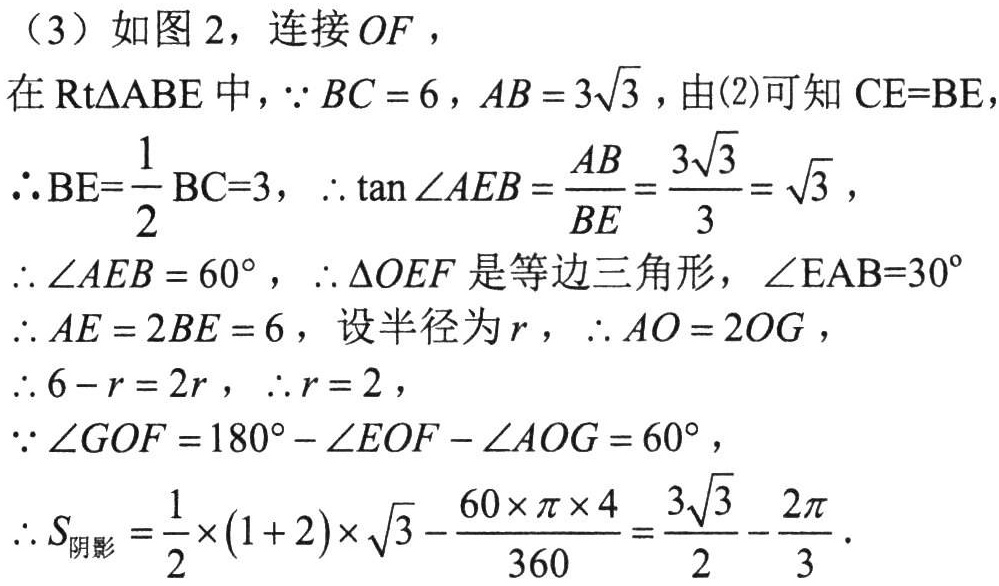
（3）如图 2，连接 \(OF\)，
在\(\text{Rt}\triangle ABE\)中，\(\because BC = 6\)，\(AB = 3\sqrt{3}\)，由(2)可知 \(CE = BE\)，
\(\therefore BE=\dfrac{1}{2}BC = 3\)，\(\therefore \tan\angle AEB=\dfrac{AB}{BE}=\dfrac{3\sqrt{3}}{3}=\sqrt{3}\)，
\(\therefore \angle AEB = 60^{\circ}\)，\(\therefore \triangle OEF\)是等边三角形，\(\angle EAB = 30^{\circ}\)
\(\therefore AE = 2BE = 6\)，设半径为\(r\)，\(\therefore AO = 2OG\)，
\(\therefore 6 - r = 2r\)，\(\therefore r = 2\)，
\(\because \angle GOF = 180^{\circ}-\angle EOF-\angle AOG = 60^{\circ}\)，
\(\therefore S_{阴影}=\dfrac{1}{2}\times(1 + 2)\times\sqrt{3}-\dfrac{60\times\pi\times 4}{360}=\dfrac{3\sqrt{3}}{2}-\dfrac{2\pi}{3}\)．